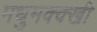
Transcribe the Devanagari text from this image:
मधुमक्क्खी